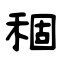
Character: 稒